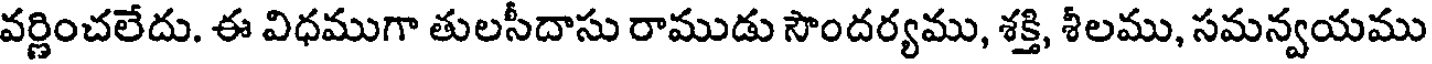
వర్ణించలేదు. ఈ విధముగా తులసీదాసు రాముడు సౌందర్యము, శక్తి, శీలము, సమన్వయము